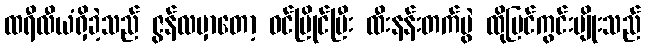
ထရီလီယံရှိခဲ့သည် ဇွန်လမှာတော့ ဝင်ပြိုင်ပြီး ထီးနန်းတက်ပွဲ ထိုမြင်ကွင်းမျိုးသည်